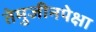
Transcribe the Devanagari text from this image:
तेमुजीनपेक्षा